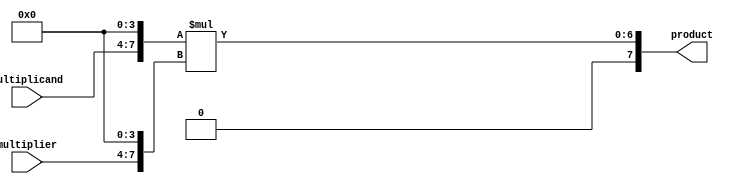
module booth_multiplier (
    input [3:0] multiplicand,
    input [3:0] multiplier,
    output reg [7:0] product
);

reg [6:0] partial_product;
reg [7:0] booth_encoding;
reg [7:0] final_product;

always @(*) begin
    // Partial product generation stage
    partial_product = {multiplicand, 4'b0} * {multiplier, 4'b0};

    // Prefix section and calculation of Booth encoding
    booth_encoding = {1'b0, partial_product[6:0]} - {1'b0, partial_product[7], partial_product[6:0]};

    // Main Booth encoding section
    case(booth_encoding)
        8'b00000000: final_product = partial_product + {8'b0, 1'b0};
        8'b11111111: final_product = partial_product + {8'b0, 1'b1};
        default: final_product = partial_product;
    endcase
end

assign product = final_product; // Final product stage

endmodule